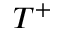
T ^ { + }